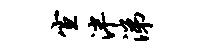
宣泮涕